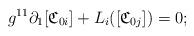
LaTeX: \begin{align*} g^{11}\partial_1[\mathfrak{C}_{0i}]+L_i([\mathfrak{C}_{0j}])=0;\end{align*}